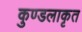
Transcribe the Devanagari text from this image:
कुण्डलाकृत